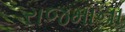
રાજમાના